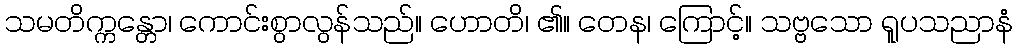
သမတိက္ကန္တော၊ ကောင်းစွာလွန်သည်။ ဟောတိ၊ ၏။ တေန၊ ကြောင့်။ သဗ္ဗသော ရူပသညာနံ